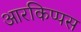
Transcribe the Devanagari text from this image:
आरकिप्पस